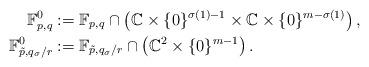
LaTeX: \begin{align*}\mathbb F^0_{p,q}&:=\mathbb F_{p,q}\cap\left(\mathbb C\times\{0\}^{\sigma(1)-1}\times\mathbb C\times\{0\}^{m-\sigma(1)}\right),\\\mathbb F^0_{\tilde p,q_{\sigma}/r}&:=\mathbb F_{\tilde p,q_{\sigma}/r}\cap\left(\mathbb C^2\times\{0\}^{m-1}\right).\end{align*}